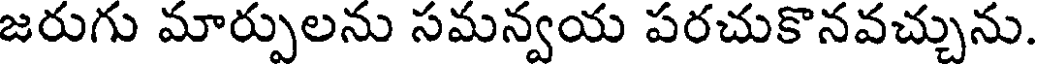
జరుగు మార్పులను సమన్వయ పరచుకొనవచ్చును.